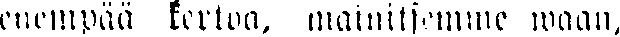
enempää kertoa, mainitsemme waan,